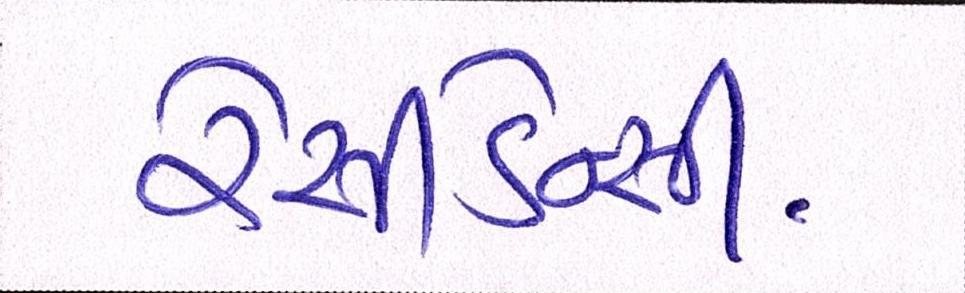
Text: રેસીડેન્સી